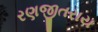
રણજીતરાય